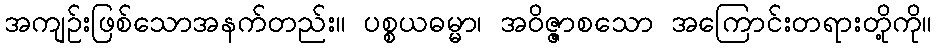
အကျဉ်းဖြစ်သောအနက်တည်း။ ပစ္စယဓမ္မာ၊ အဝိဇ္ဇာစသော အကြောင်းတရားတို့ကို။